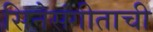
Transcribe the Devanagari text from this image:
सिनेसंगीताची